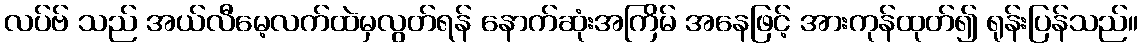
လပ်ဗ် သည် အယ်လီမေ့လက်ထဲမှလွတ်ရန် နောက်ဆုံးအကြိမ် အနေဖြင့် အားကုန်ထုတ်၍ ရုန်းပြန်သည်။